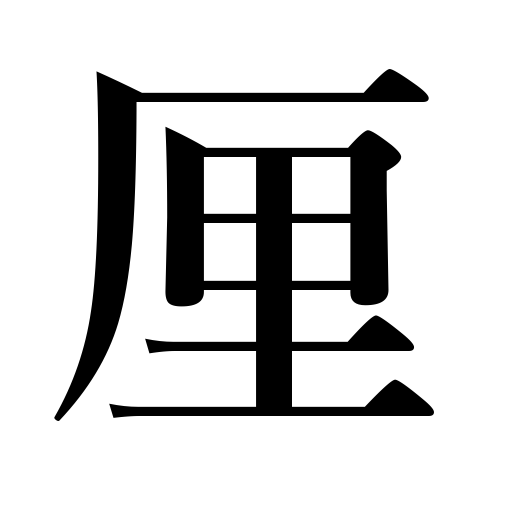
Meanings: one-tenth of a sen,one-tenth of a bu